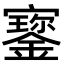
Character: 𡫷